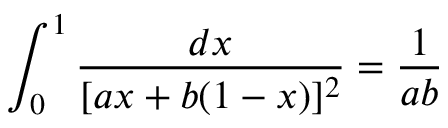
\int _ { 0 } ^ { 1 } { \frac { d x } { [ a x + b ( 1 - x ) ] ^ { 2 } } } = { \frac { 1 } { a b } }